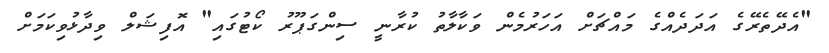
"އެދޭތެރޭގެ އަދަދެއްގެ މައްޗަށް އަހަރުމެން ވަކާލާތު ކުރާނީ ސިންގަޕޫރު ކޯޓުގައި" އޮފިޝަލް ވިދާޅުވިކަމަށް